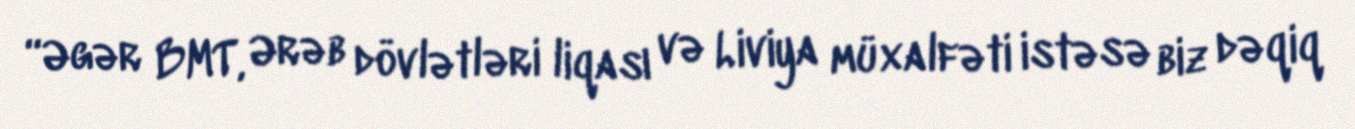
“Əgər BMT, Ərəb dövlətləri liqası və Liviya müxalfəti istəsə biz dəqiq